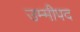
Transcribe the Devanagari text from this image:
उम्मीपद